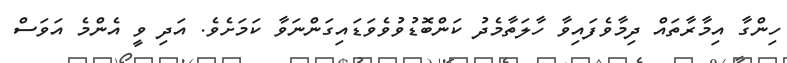
ހިންގާ އިމާރާތައް ދިމާވެފައިވާ ހާލަތާމެދު ކަންބޮޑުވުވެވަޑައިގަންނަވާ ކަމަށެވެ. އަދި ވީ އެންމެ އަވަސް